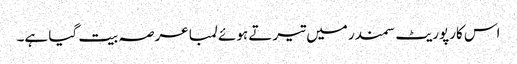
اس کارپوریٹ سمندر میں تیرتے ہوئے لمبا عرصہ بیت گیا ہے۔